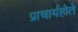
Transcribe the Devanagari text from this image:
प्राचार्यहोते